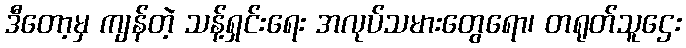
ဒီတော့မှ ကျန်တဲ့ သန့်ရှင်းရေး အလုပ်သမားတွေရော၊ တရုတ်သူဌေး